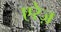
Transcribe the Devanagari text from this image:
एरेज़